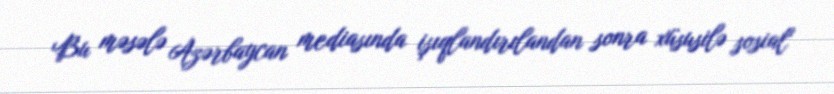
Bu məsələ Azərbaycan mediasında işıqlandırılandan sonra xüsusilə sosial